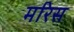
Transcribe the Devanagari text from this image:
मरिस